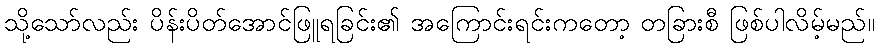
သို့သော်လည်း ပိန်းပိတ်အောင်ဖြူရခြင်း၏ အကြောင်းရင်းကတော့ တခြားစီ ဖြစ်ပါလိမ့်မည်။